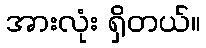
အားလုံး ရှိတယ်။